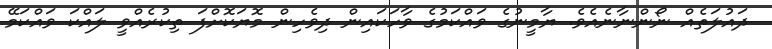
ދައުލަތެއް ނޯންނާނެއެވެ. ޔާމީނުގެ ވައްކަމުގެ ވާހަކައިން ދިވެހިން މޮޔަކޮށްފަ ތިކުރެއްވީ ލައްކަ ވައްކަމޭ